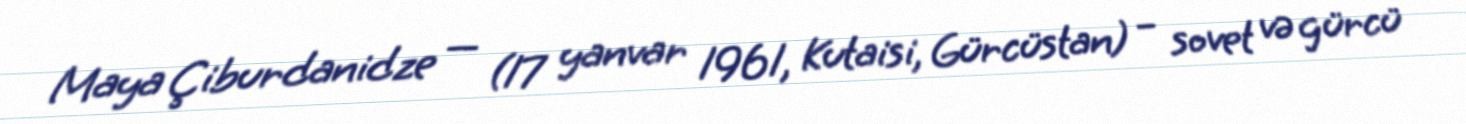
Maya Çiburdanidze — (17 yanvar 1961, Kutaisi, Gürcüstan) – sovet və gürcü